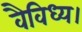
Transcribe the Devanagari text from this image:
वैविध्य।